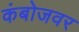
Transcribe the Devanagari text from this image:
कंबोजवर